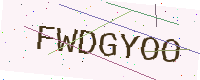
Text: FWDGYOO